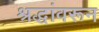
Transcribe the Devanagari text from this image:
श्रद्धांवरून